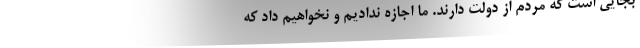
بجایی است که مردم از دولت دارند. ما اجازه ندادیم و نخواهیم داد که